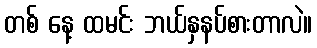
တစ် နေ့ ထမင်း ဘယ်နှနပ်စားတာလဲ။